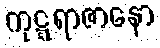
ကုဋ္ဋရာဇာနော